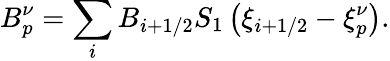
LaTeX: B_{p}^{\nu}=\sum_{i}B_{i+1/2}{S_{1}}\left({\xi}_{i+1/2}-{\xi}_{p}^{\nu}\right).